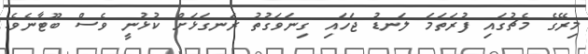
މިރޭގެ މެޗުގައި ފުރަތަމަ ލަނޑު ޖަހައި ގިނަވަގުތު ރަނގަޅަށް ކުޅުނީ ވެސް ބޫޓާނެވެ.